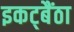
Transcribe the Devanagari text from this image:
इकट्बैंठा